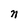
Character: n